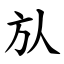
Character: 㫃